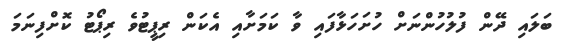
ބަލައި ދޭން ފުލުހުންނަށް ހުށަހަޅާފައި ވާ ކަމަށާއި އެކަން ރިޕީޓުވެ ރިޕޯޓު ކޮށްފިނަމަ